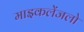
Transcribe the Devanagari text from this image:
माइकलेंजलो